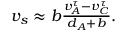
\begin{array} { r } { v _ { s } \approx b \frac { v _ { A } ^ { \tau } - v _ { C } ^ { \tau } } { d _ { A } + b } . } \end{array}